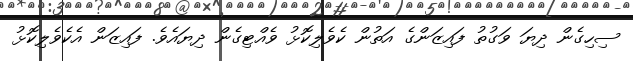
ސިހިގެން ދިޔަ ވަގުތު ފައިޒަންގެ އަތުން ކެވެލިކޮޅު ވެއްޓިގެން ދިޔައެވެ. ފައިޒަން އެކެވެލިކޮޅު